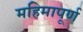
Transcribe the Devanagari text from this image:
महिमापूर्ण